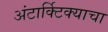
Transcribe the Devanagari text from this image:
अंटार्क्टिक्याचा